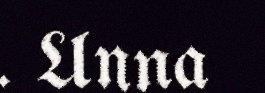
. Unna